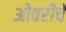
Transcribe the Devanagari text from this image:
ओवरीचे